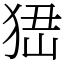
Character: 峱